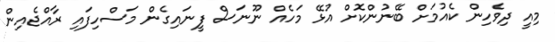
މިއީ ދިވެހިން ކެއުމަށް ބޭނުންކޮށް އުޅޭ މަހެއް ނޫނަސް ފީނައިގެން މަސްހިފައި ރާއްޖެއިން